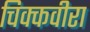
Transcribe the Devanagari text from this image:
चिक्कवीरा